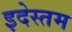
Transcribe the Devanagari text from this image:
इदेस्तम